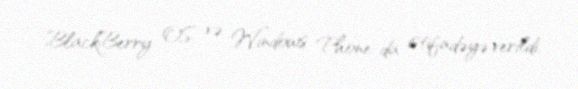
BlackBerry OS və Windows Phone-da istifadəyə verildi.